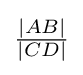
{\textstyle {\frac {|AB|}{|CD|}}}